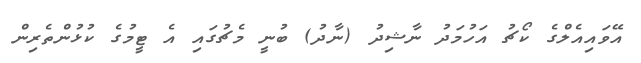
އޭވައިއެލްގެ ކޯޗު އަހުމަދު ނާޝިދު (ނާދު) ބުނީ މެޗުގައި އެ ޓީމުގެ ކުޅުންތެރިން